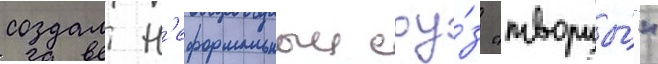
создал н'еформальныи соу́з "творцы́"